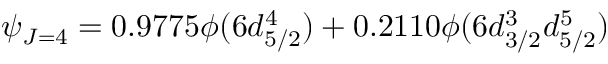
\psi _ { J = 4 } = 0 . 9 7 7 5 \phi ( 6 d _ { 5 / 2 } ^ { 4 } ) + 0 . 2 1 1 0 \phi ( 6 d _ { 3 / 2 } ^ { 3 } d _ { 5 / 2 } ^ { 5 } )